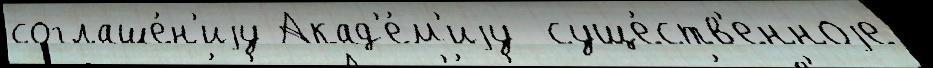
соглаше́н'иjу Акад'е́м'иjу  суще́ств'енноjе